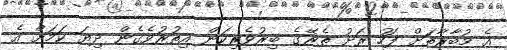
އެ މުބާރާތަށް ފަހު ރަށު ތެރޭގެ ބިރުވެރިކަން އިތުރުވެގެން ދިޔަ ކަމަށް އެ